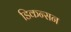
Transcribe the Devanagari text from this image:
डिकन्सन